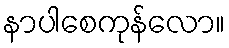
နာပါစေကုန်လော။